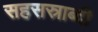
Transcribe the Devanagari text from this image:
सहसस्राब्दी